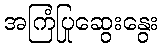
အကြံပြုဆွေးနွေး